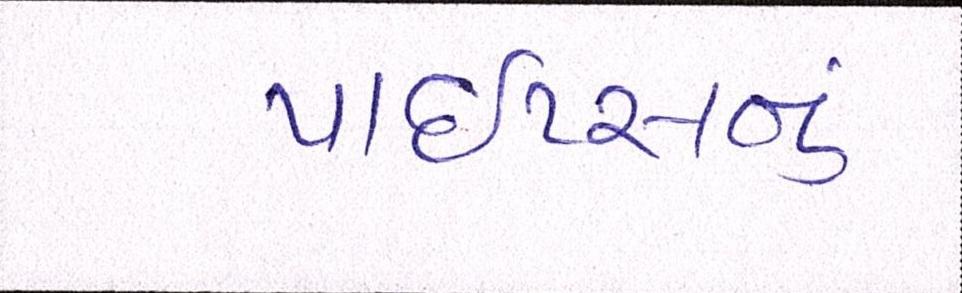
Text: પાઇપ્સનું